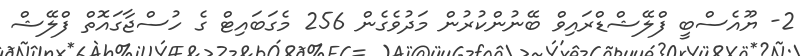
2- ޔޫއެސްބީ ފްލޭޝްޑްރައިވް ބޭނުންކުރުން މަދުވެގެން 256 މެގަބައިޓް ގެ ހުސްޖާގައޮތް ފްލޭޝް